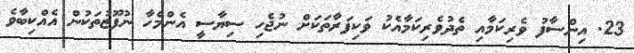
23. އިންސާފު ވެރިކަމާއި ތެދުވެރިކަމާއެކު ވަކިފަރާތަކަށް ނުޖެހި ސިޔާސީ އެންމެހާ ނުފޫޒުތަކުން އެއްކިބާވެ